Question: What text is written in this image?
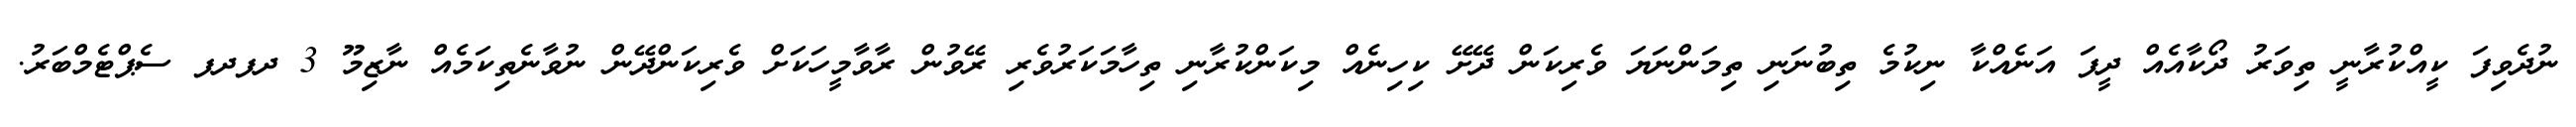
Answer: ނުދެވިފަ ކީއްކުރާނީ ތިވަރު ދޯކާއެއް ދީފަ އަނެއްކާ ނިކުމެ ތިބުނަނި ތިމަންނަޔަ ވެރިކަން ދޭށޭ ކިހިނެއް މިކަންކުރާނި ތިހާމަކަރުވެރި ރޭވުން ރާވާމީހަކަށް ވެރިކަންދޭން ނުވާނެތިކަމެއް ނާޒިމޫ 3 ދފދފ ސެޕްޓެމްބަރު.